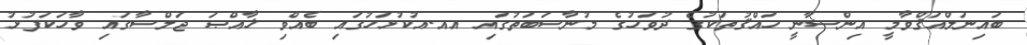
ބައިނަލްއަޤްވާމީ އިންސާނީ ހައްޤުތަކުގެ ދުވަހުގެ މުނާސަބަތުގައި އއ.އުކުޅަހުގައި ބެއްވި ޚާއްޞަ ޖަލްސާގައި ވާހަކަފުޅު